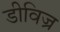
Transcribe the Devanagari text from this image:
डीविज्र